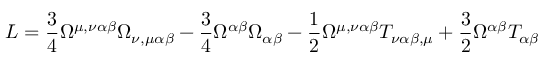
{ \cal L } = \frac { 3 } { 4 } \Omega ^ { \mu , \nu \alpha \beta } \Omega _ { \nu , \mu \alpha \beta } - \frac { 3 } { 4 } \Omega ^ { \alpha \beta } \Omega _ { \alpha \beta } - \frac { 1 } { 2 } \Omega ^ { \mu , \nu \alpha \beta } T _ { \nu \alpha \beta , \mu } + \frac { 3 } { 2 } \Omega ^ { \alpha \beta } T _ { \alpha \beta }